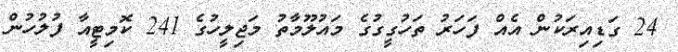
24 ގަޑިއިރަކުން އެއް ފަހަރު ތަހުގީގުގެ މައުލޫމާތު މަޖިލީހުގެ 241 ކޮމިޓީއާ ފުލުހުން